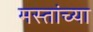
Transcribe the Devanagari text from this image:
मस्तांच्या